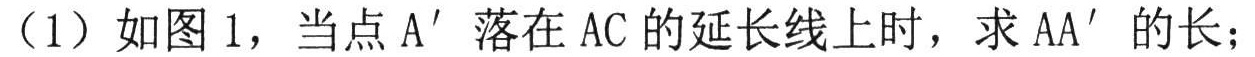
（1）如图 1，当点 \(A'\) 落在 \(AC\) 的延长线上时，求 \(AA'\) 的长；